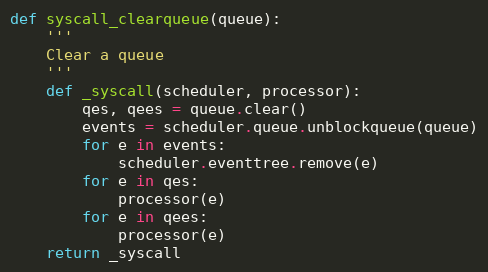
Language: Python
def syscall_clearqueue(queue):
    '''
    Clear a queue
    '''
    def _syscall(scheduler, processor):
        qes, qees = queue.clear()
        events = scheduler.queue.unblockqueue(queue)
        for e in events:
            scheduler.eventtree.remove(e)
        for e in qes:
            processor(e)
        for e in qees:
            processor(e)
    return _syscall